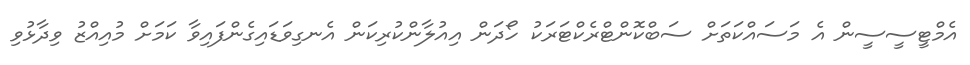
އެމްޓީސީސީން އެ މަސައްކަތަށް ސަބްކޮންޓްރެކްޓަރަކު ހޯދަން އިއުލާންކުރިކަން އެނގިވަޑައިގެންފައިވާ ކަމަށް މުއިއްޒު ވިދާޅުވި